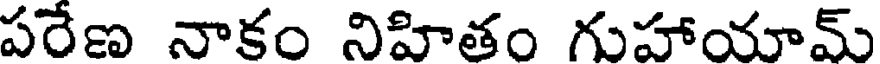
పరేణ నాకం నిహితం గుహాయామ్